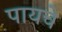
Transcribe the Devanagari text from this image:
पायचे